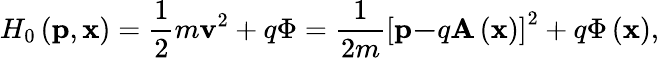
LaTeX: H_{0}\left(\mathbf{p},\mathbf{x}\right)=\frac{1}{2}m\mathbf{v}^{2}+q\Phi=\frac{1}{2m}\left[\mathbf{p-}q\mathbf{A}\left(\mathbf{x}\right)\right]^{2}+q\Phi\left(\mathbf{x}\right),